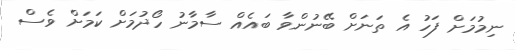
ނިމުމަށް ފަހު އެ ތަނަށް ބޭނުންވާ ބައެއް ސާމާނު ހޯދުމަށް ކަމަށް ވެސް